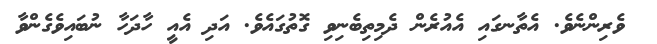
ވެރިންނެވެ. އެތާނގައި އެއުރެން ދެމިތިބެނިވި ގޮތުގައެވެ. އަދި އެއީ ހާދަހާ ނުބައިވެގެންވާ